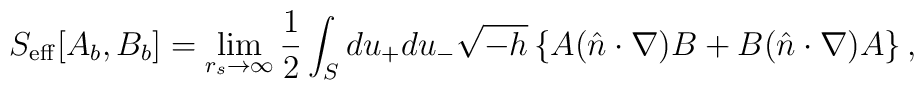
S_{\rm eff}[A_b, B_b] = \lim_{r_s \to \infty} {1 \over 2} \int_{S} du_+ du_-  \sqrt{-h} \left \{ A ( \hat n \cdot \nabla ) B +         B ( \hat n \cdot \nabla ) A \right \},